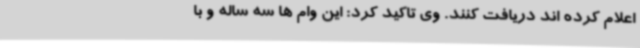
اعلام کرده اند دریافت کنند. وی تاکید کرد: این وام ها سه ساله و با